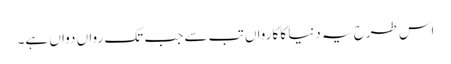
اس طرح یہ دنیا کا کارواں تب سے جب تک رواں دواں ہے۔